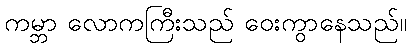
ကမ္ဘာ လောကကြီးသည် ဝေးကွာနေသည်။